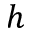
h